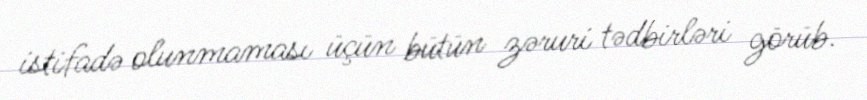
istifadə olunmaması üçün bütün zəruri tədbirləri görüb.